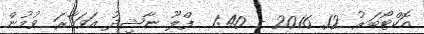
އޮކްޓޯބަރު 12